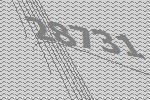
28731